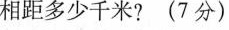
相距多少千米?(7分)